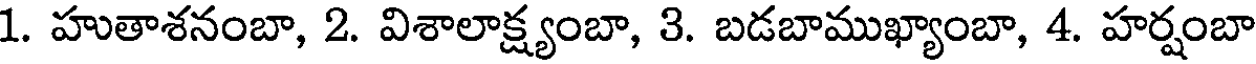
1. హుతాశనంబా, 2. విశాలాక్ష్యంబా, 3. బడబాముఖ్యాంబా, 4. హర్షంబా